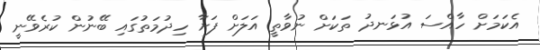
އެކަމަށް ހާއްސަ އުޅަނދު ތަކަށް ނުވާތީ އަލަށް ފަށާ ހިދުމަތުގައި ބޭނުން ކުރެވޭނީ